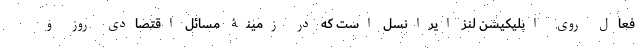
فعال روی اپلیکیشن لنز ایرانسل است که در زمینۀ مسائل اقتصادی روز و